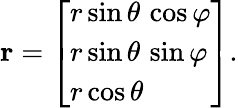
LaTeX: \mathbf{r}={\left[\begin{array}{l}{r\sin\theta\, \cos\varphi}\\ {r\sin\theta\, \sin\varphi}\\ {r\cos\theta}\end{array}\right]}.